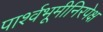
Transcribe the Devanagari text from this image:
पार्श्वभूमीनिरपेक्ष